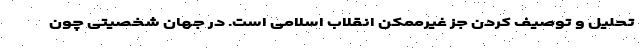
تحلیل و توصیف کردن جز غیرممکن انقلاب اسلامی است. در جهان شخصیتی چون